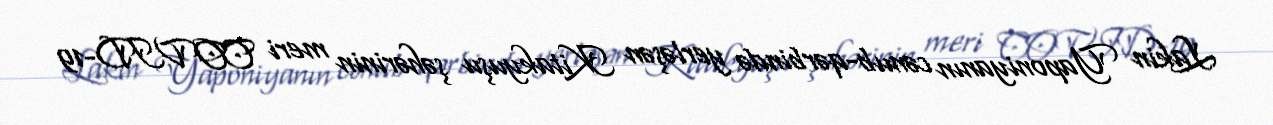
Lakin Yaponiyanın cənub-qərbində yerləşən Kitakyuşu şəhərinin meri COVID-19